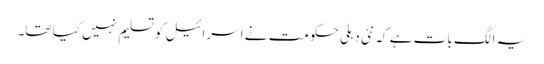
یہ الگ بات ہے کہ نئی دہلی حکومت نے اسرائیل کو تسلیم نہیں کیا تھا۔